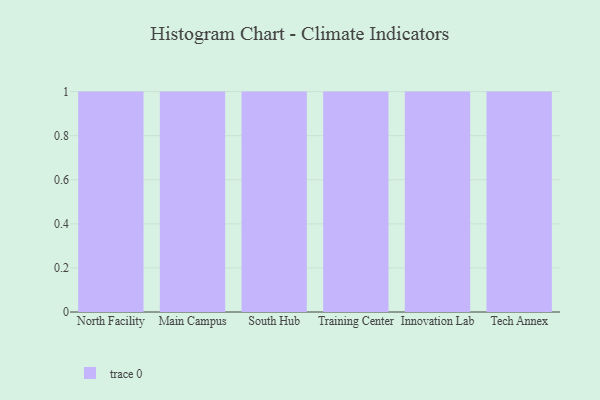
{"axis": {"x": "Campus", "y": "Production Output"}, "legend": [""], "data": [{"x": "North Facility", "y": 57, "type": ""}, {"x": "Main Campus", "y": 84, "type": ""}, {"x": "South Hub", "y": 50, "type": ""}, {"x": "Training Center", "y": 22, "type": ""}, {"x": "Innovation Lab", "y": 68, "type": ""}, {"x": "Tech Annex", "y": 27, "type": ""}]}